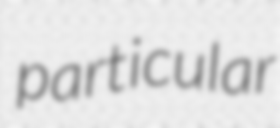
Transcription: particular